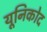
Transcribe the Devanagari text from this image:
यूनिकोद